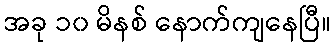
အခု ၁၀ မိနစ် နောက်ကျနေပြီ။